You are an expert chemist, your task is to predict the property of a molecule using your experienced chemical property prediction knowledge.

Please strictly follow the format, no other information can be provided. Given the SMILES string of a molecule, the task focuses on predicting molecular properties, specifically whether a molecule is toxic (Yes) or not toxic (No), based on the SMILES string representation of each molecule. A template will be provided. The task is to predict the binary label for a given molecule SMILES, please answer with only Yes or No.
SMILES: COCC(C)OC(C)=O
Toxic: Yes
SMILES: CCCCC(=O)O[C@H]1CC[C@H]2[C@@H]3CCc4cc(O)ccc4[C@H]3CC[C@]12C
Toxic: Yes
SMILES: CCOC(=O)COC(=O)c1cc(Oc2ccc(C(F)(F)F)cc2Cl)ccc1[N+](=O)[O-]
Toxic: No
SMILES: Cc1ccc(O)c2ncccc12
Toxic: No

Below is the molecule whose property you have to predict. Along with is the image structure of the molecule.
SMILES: CC(C)CCCCCCCOC(=O)CCCCC(=O)OCCCCCCCC(C)C
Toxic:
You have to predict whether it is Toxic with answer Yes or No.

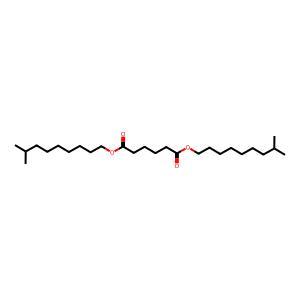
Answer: No